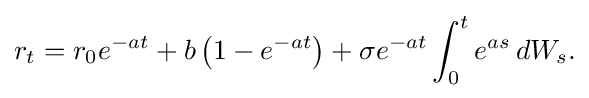
r_{t}=r_{0}e^{-at}+b\left(1-e^{-at}\right)+\sigma e^{-at}\int _{0}^{t}e^{as}\,dW_{s}.\,\!